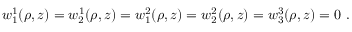
w _ { 1 } ^ { 1 } ( \rho , z ) = w _ { 2 } ^ { 1 } ( \rho , z ) = w _ { 1 } ^ { 2 } ( \rho , z ) = w _ { 2 } ^ { 2 } ( \rho , z ) = w _ { 3 } ^ { 3 } ( \rho , z ) = 0 \ .